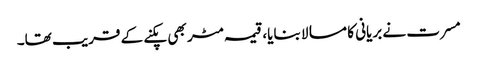
مسرت نے بریانی کا مسالا بنایا، قیمہ مٹر بھی پکنے کے قریب تھا۔